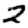
Digit: 2